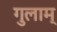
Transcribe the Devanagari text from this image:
गुलाम्